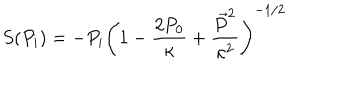
S ( P _ { i } ) = - P _ { i } \left( 1 - \frac { 2 P _ { 0 } } { \kappa } + \frac { \vec { P } ^ { 2 } } { \kappa ^ { 2 } } \right) ^ { - 1 / 2 }